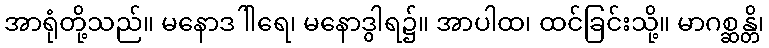
အာရုံတို့သည်။ မနောဒါါရေ၊ မနောဒွါရ၌။ အာပါထ၊ ထင်ခြင်းသို့။ မာဂစ္ဆန္တိ၊